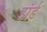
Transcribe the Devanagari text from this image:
हॉर्ड